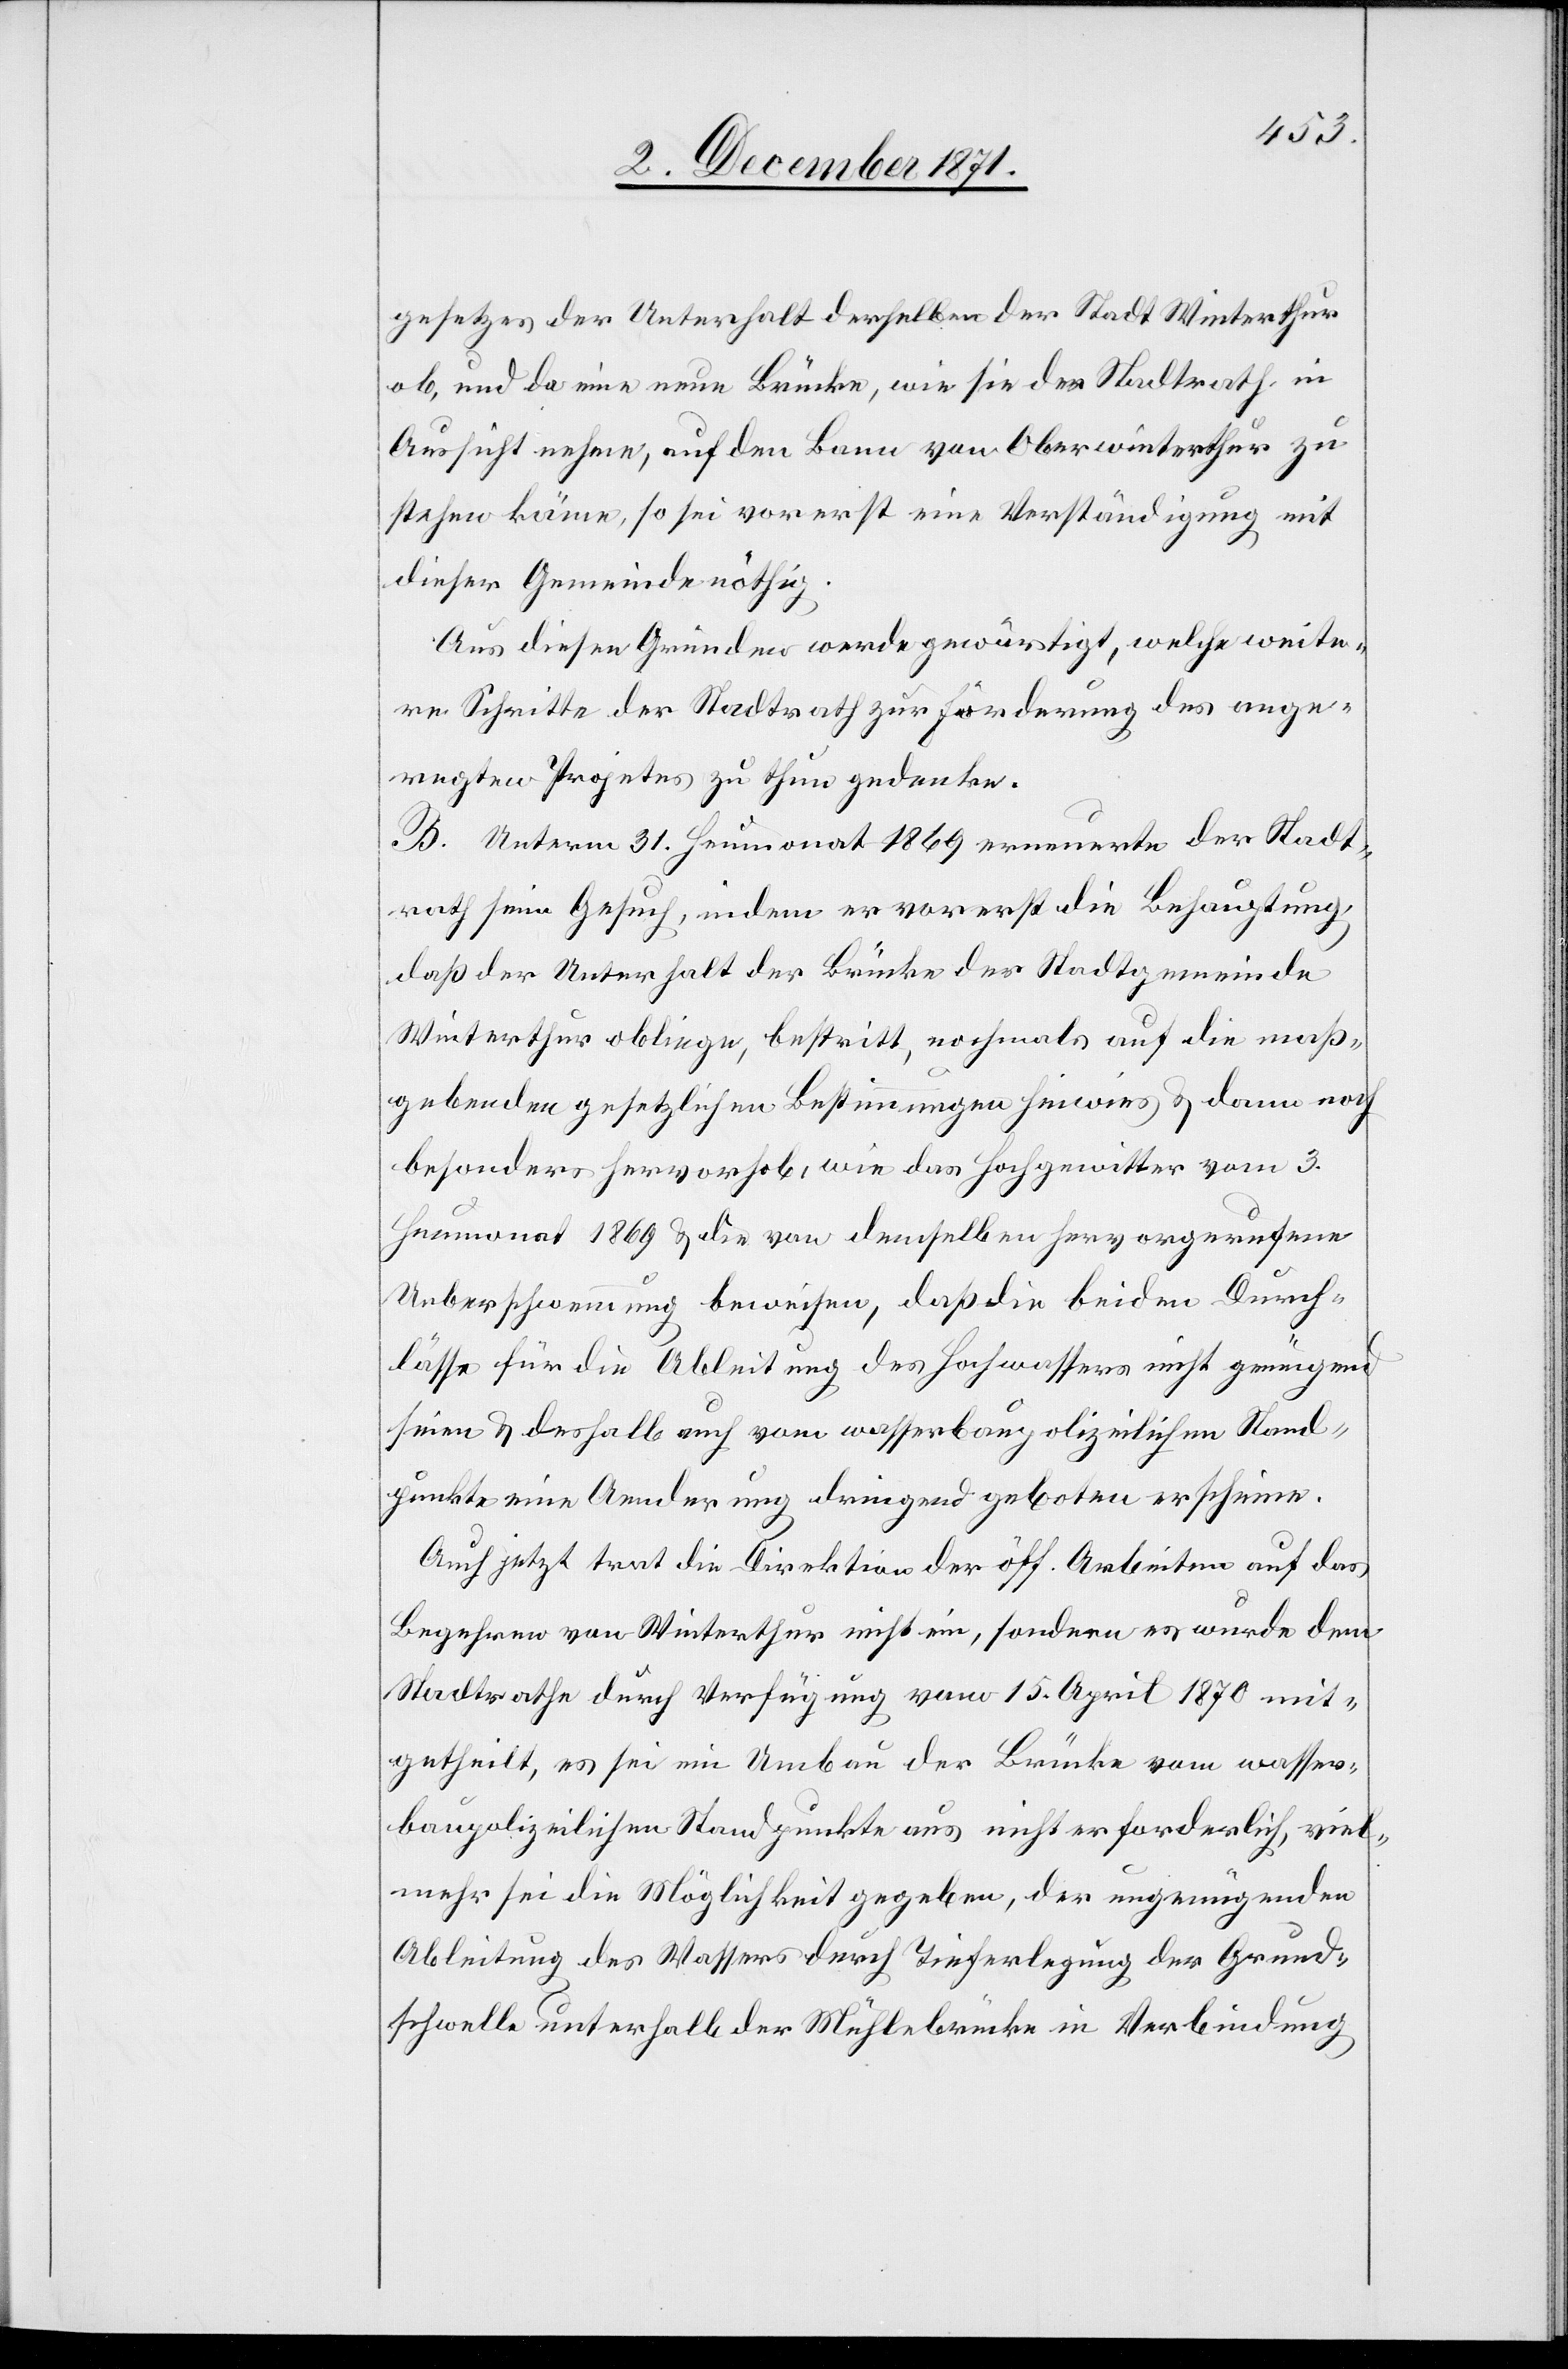
gesetzes der Unterhalt derselben der Stadt Winterthur
ob, und da eine neue Brücke, wie sie der Stadtrath in
Aussicht nehme, auf den Bann von Oberwinterthur zu
stehen käme, so sei vorerst eine Verständigung mit
dieser Gemeinde nöthig.
Aus diesen Gründen werde gewärtigt, welche weite¬
ren Schritte der Stadtrath zur Förderung des ange¬
regten Projektes zu thun gedenke.
B. Unterm 31. Heumonat 1869 erneuerte der Stadt¬
rath sein Gesuch, indem er vorerst die Behauptung,
daß der Unterhalt der Brücke der Stadtgemeinde
Winterthur obliege, bestritt, nochmals auf die maß¬
gebenden gesetzlichen Bestimmungen hinwies & dann noch
besonders hervorhob, wie das Hochgewitter vom 3.
Heumonat 1869 & die von demselben hervorgerufene
Ueberschwemmung beweisen, daß die beiden Durch¬
lässe für die Ableitung des Hochwassers nicht genügend
seien & deshalb auch vom wasserbaupolizeilichen Stand¬
punkte eine Aenderung dringend geboten erscheine.
Auch jetzt trat die Direktion der öff. Arbeiten auf das
Begehren von Winterthur nicht ein, sondern es wurde dem
Stadtrathe durch Verfügung vom 15. April 1870 mit¬
getheilt, es sei ein Umbau der Brücke vom wasser¬
baupolizeilichen Standpunkte aus nicht erforderlich, viel¬
mehr sei die Möglichkeit gegeben, der ungenügenden
Ableitung des Wassers durch Tieferlegung der Grund¬
schwelle unterhalb der Mühlebrücke in Verbindung